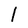
Character: l